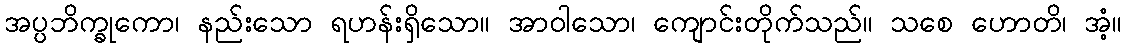
အပ္ပဘိက္ခုကော၊ နည်းသော ရဟန်းရှိသော။ အာဝါသော၊ ကျောင်းတိုက်သည်။ သစေ ဟောတိ၊ အံ့။